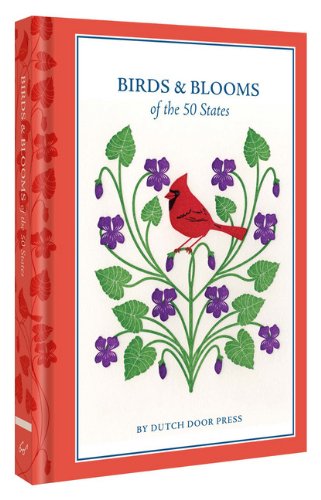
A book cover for Birds and Blooms of the 50 States; Anna Branning; Arts & Photography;